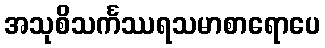
အသုစိသင်္ကဿရသမာစာရောပေ